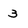
Character: 3